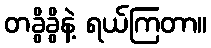
တခွိခွိနဲ့ ရယ်ကြတာ။